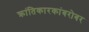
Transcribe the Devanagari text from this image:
क्रांतिकारकांबरोबर